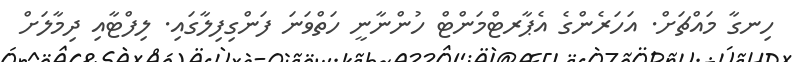
ހިނގާ މައްޗަށް. އަހަރެންގެ އެޕާރޓްމަންޓް ހުންނާނީ ހަތްވަނަ ފަންގިފިލާގައި. ލިފްޓާއި ދިމާލަށް